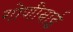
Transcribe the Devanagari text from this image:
गोणीबाई